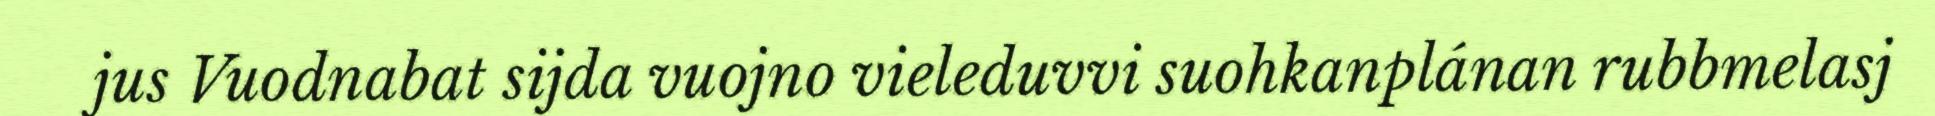
jus Vuodnabat sijda vuojno vieleduvvi suohkanplánan rubbmelasj